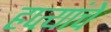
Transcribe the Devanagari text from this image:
हप्त्यांचे